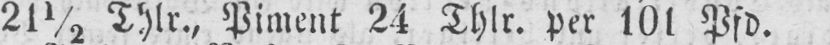
21½ Thlr., Piment 24 Thlr. per 101 Pfd.